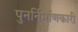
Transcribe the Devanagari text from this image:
पुनर्निर्माणकारी